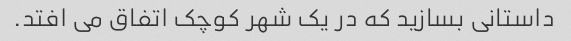
داستانی بسازید که در یک شهر کوچک اتفاق می افتد.